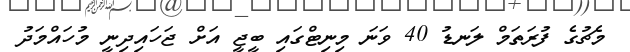
މެޗުގެ ފުރަތަމް ލަނޑު 40 ވަނަ މިނިޓްގައި ބީޖީ އަށް ޖަހައިދިނީ މުހައްމަދު